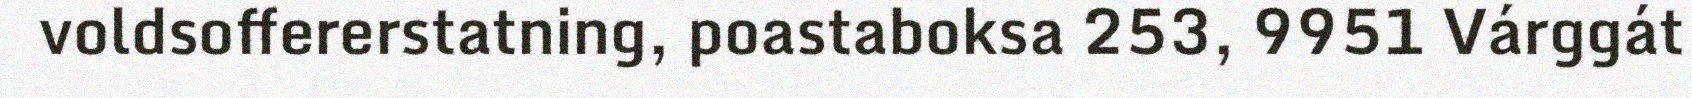
voldsoffererstatning, poastaboksa 253, 9951 Várggát